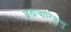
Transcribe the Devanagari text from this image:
ब्रह्मचारिकूत्तु